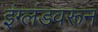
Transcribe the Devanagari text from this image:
इंग्लंडवरून